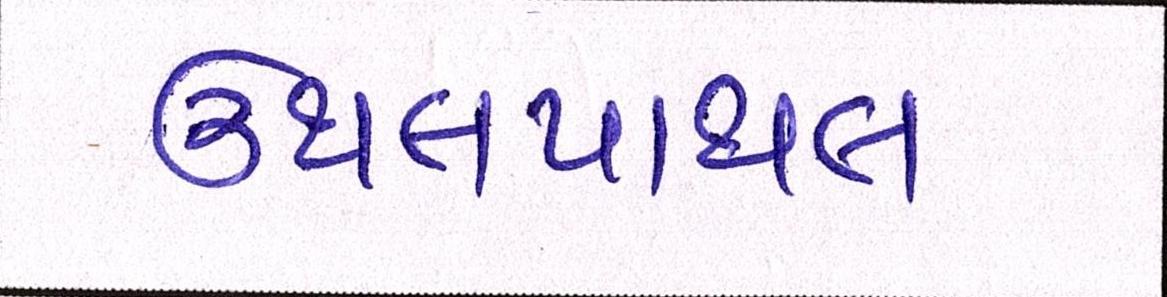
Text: ઉથલપાથલ